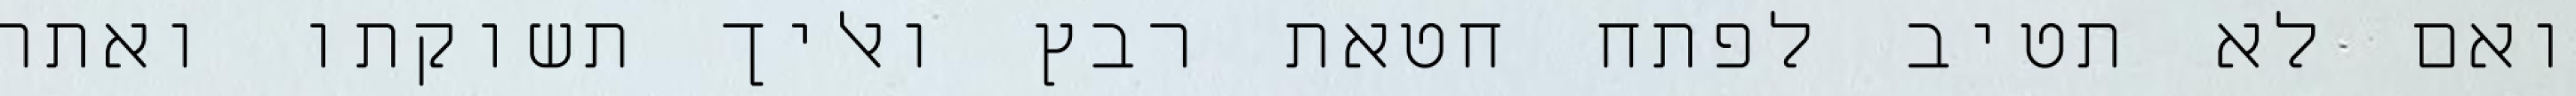
ואם לא תטיב לפתח חטאת רבץ ואליך תשוקתו ואתה